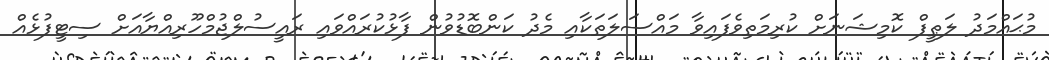
މުޙައްމަދު ލަޠީފް ކޮމިޝަނަށް ކުރިމަތިވެފައިވާ މައްސަލަތަކާއި މެދު ކަންބޮޑުވުން ފާޅުކުރައްވައި ރައީސުލްޖުމްހޫރިއްޔާއަށް ސިޓީފުޅެއް